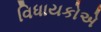
વિધાયકોએ